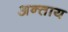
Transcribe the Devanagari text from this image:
अन्ताय